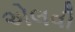
એલવી